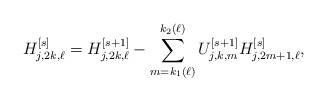
LaTeX: \begin{align*}H_{j,2k,\ell}^{[s]} = H_{j,2k,\ell}^{[s+1]} - \sum_{m = k_1(\ell)}^{k_2(\ell)}U_{j,k,m}^{[s+1]} H_{j,2m+1,\ell}^{[s]},\end{align*}